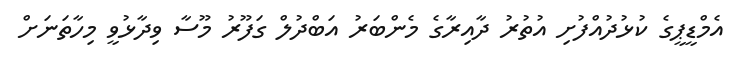
އެމްޑީޕީގެ ކުޅުދުއްފުށި އުތުރު ދާއިރާގެ މެންބަރު އަބްދުލް ގަފޫރު މޫސާ ވިދާޅުވީ މިހާތަނަށް